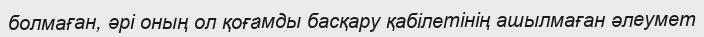
болмаған, әрі оның ол қоғамды басқару қабілетінің ашылмаған әлеумет